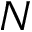
N